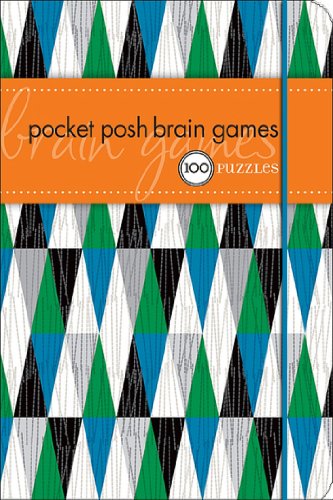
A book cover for Pocket Posh Brain Games: 100 Puzzles; The Puzzle Society; Humor & Entertainment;